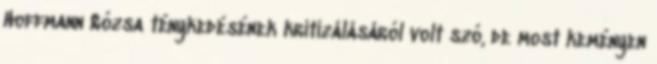
Hoffmann Rózsa ténykedésének kritizálásáról volt szó, de most keményen